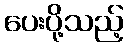
ပေးပို့သည့်